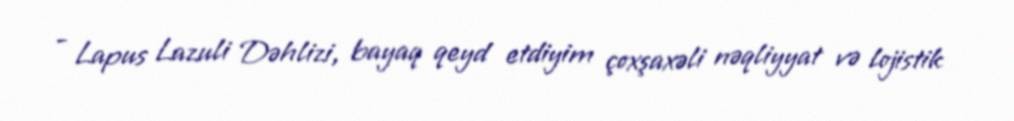
- Lapus Lazuli Dəhlizi, bayaq qeyd etdiyim çoxşaxəli nəqliyyat və lojistik